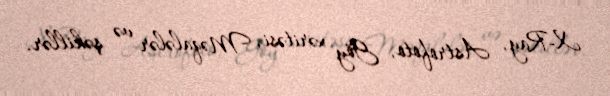
X-Ray, Astrofoto, Göy xəritəsi, Məqalələr və şəkillər.